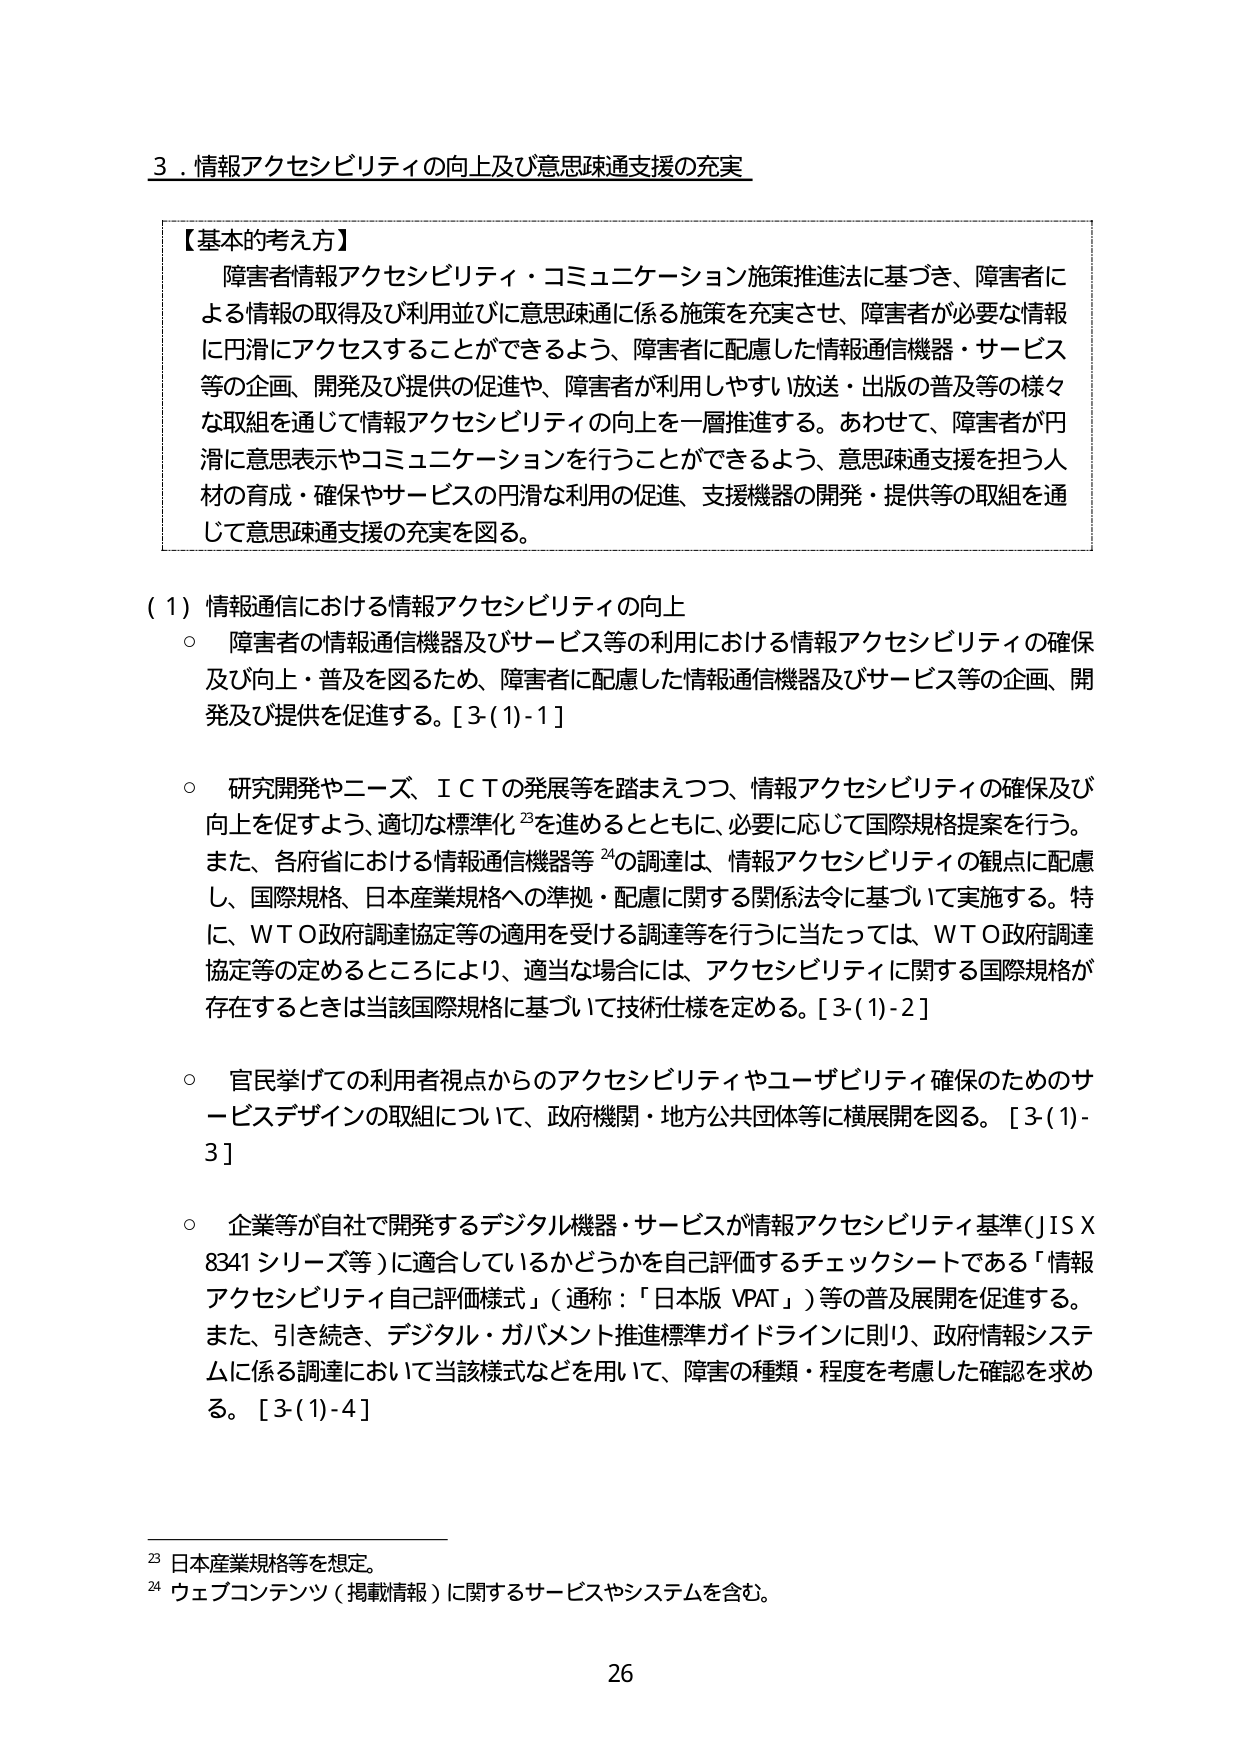
3．情報アクセシビリティの向上及び意思疎通支援の充実

【基本的考え方】
障害者情報アクセシビリティ・コミュニケーション施策推進法に基づき、障害者による情報の取得及び利用並びに意思疎通に係る施策を充実させ、障害者が必要な情報に円滑にアクセスすることができるよう、障害者に配慮した情報通信機器・サービス等の企画、開発及び提供の促進や、障害者が利用しやすい放送・出版の普及等の様々な取組を通じて情報アクセシビリティの向上を一層推進する。あわせて、障害者が円滑に意思表示やコミュニケーションを行うことができるよう、意思疎通支援を担う人材の育成・確保やサービスの円滑な利用の促進、支援機器の開発・提供等の取組を通じて意思疎通支援の充実を図る。

（1）情報通信における情報アクセシビリティの向上
○ 障害者の情報通信機器及びサービス等の利用における情報アクセシビリティの確保及び向上・普及を図るため、障害者に配慮した情報通信機器及びサービス等の企画、開発及び提供を促進する。[3-(1)-1]

○ 研究開発やニーズ、ＩＣＴの発展等を踏まえつつ、情報アクセシビリティの確保及び向上を促すよう、適切な標準化23を進めるとともに、必要に応じて国際規格提案を行う。また、各府省における情報通信機器等24の調達は、情報アクセシビリティの観点に配慮し、国際規格、日本産業規格への準拠・配慮に関する関係法令に基づいて実施する。特に、ＷＴＯ政府調達協定等の適用を受ける調達等を行うに当たっては、ＷＴＯ政府調達協定等の定めるところにより、適当な場合には、アクセシビリティに関する国際規格が存在するときは当該国際規格に基づいて技術仕様を定める。[3-(1)-2]

○ 官民挙げての利用者視点からのアクセシビリティやユーザビリティ確保のためのサービスデザインの取組について、政府機関・地方公共団体等に横展開を図る。[3-(1)-3]

○ 企業等が自社で開発するデジタル機器・サービスが情報アクセシビリティ基準（ＪＩＳＸ8341シリーズ等）に適合しているかどうかを自己評価するチェックシートである「情報アクセシビリティ自己評価様式」（通称：「日本版ＶＰＡＴ」）等の普及展開を促進する。また、引き続き、デジタル・ガバメント推進標準ガイドラインに則り、政府情報システムに係る調達において当該様式などを用いて、障害の種類・程度を考慮した確認を求める。[3-(1)-4]

23 日本産業規格等を想定。
24 ウェブコンテンツ（掲載情報）に関するサービスやシステムを含む。

26